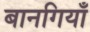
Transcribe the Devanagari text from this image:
बानगियाँ